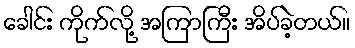
ခေါင်း ကိုက်လို့ အကြာကြီး အိပ်ခဲ့တယ်။